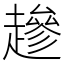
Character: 䟃